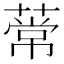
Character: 𫉒